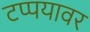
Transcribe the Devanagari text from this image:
टप्पयावर